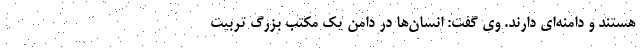
هستند و دامنه‌ای دارند. وی گفت: انسان‌ها در دامن یک مکتب بزرگ تربیت